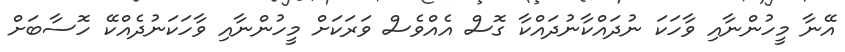
އޭނާ މީހުންނާއި ވާހަކަ ނުދައްކާނުދައްކާ ގޮސް އެއްވެސް ވަރަކަށް މީހުންނާއި ވާހަކަނުދެއްކޭ ހޮސާބަށް